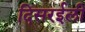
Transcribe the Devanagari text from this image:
दिसरईली